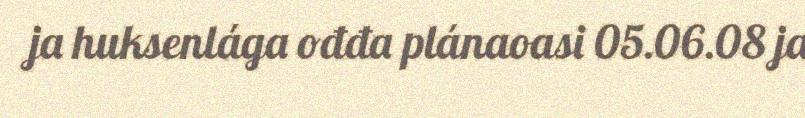
ja huksenlága ođđa plánaoasi 05.06.08 ja